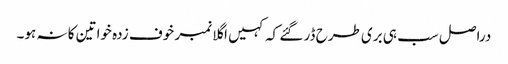
دراصل سب ہی بری طرح ڈر گئے کہ کہیں اگلا نمبر خوف زدہ خواتین کا نہ ہو۔